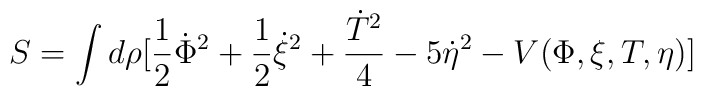
S = \int d\rho [\frac{1}{2}\dot{\Phi}^{2}+\frac{1}{2}\dot{\xi}^{2} +\frac{\dot{T}^{2}}{4} -5\dot{\eta}^{2}-V(\Phi,\xi,T,\eta)]